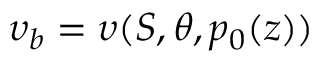
\upsilon _ { b } = \upsilon ( S , \theta , p _ { 0 } ( z ) )